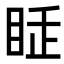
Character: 𥅸